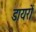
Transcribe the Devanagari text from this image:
डायरों